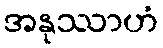
အနုဿာဟံ